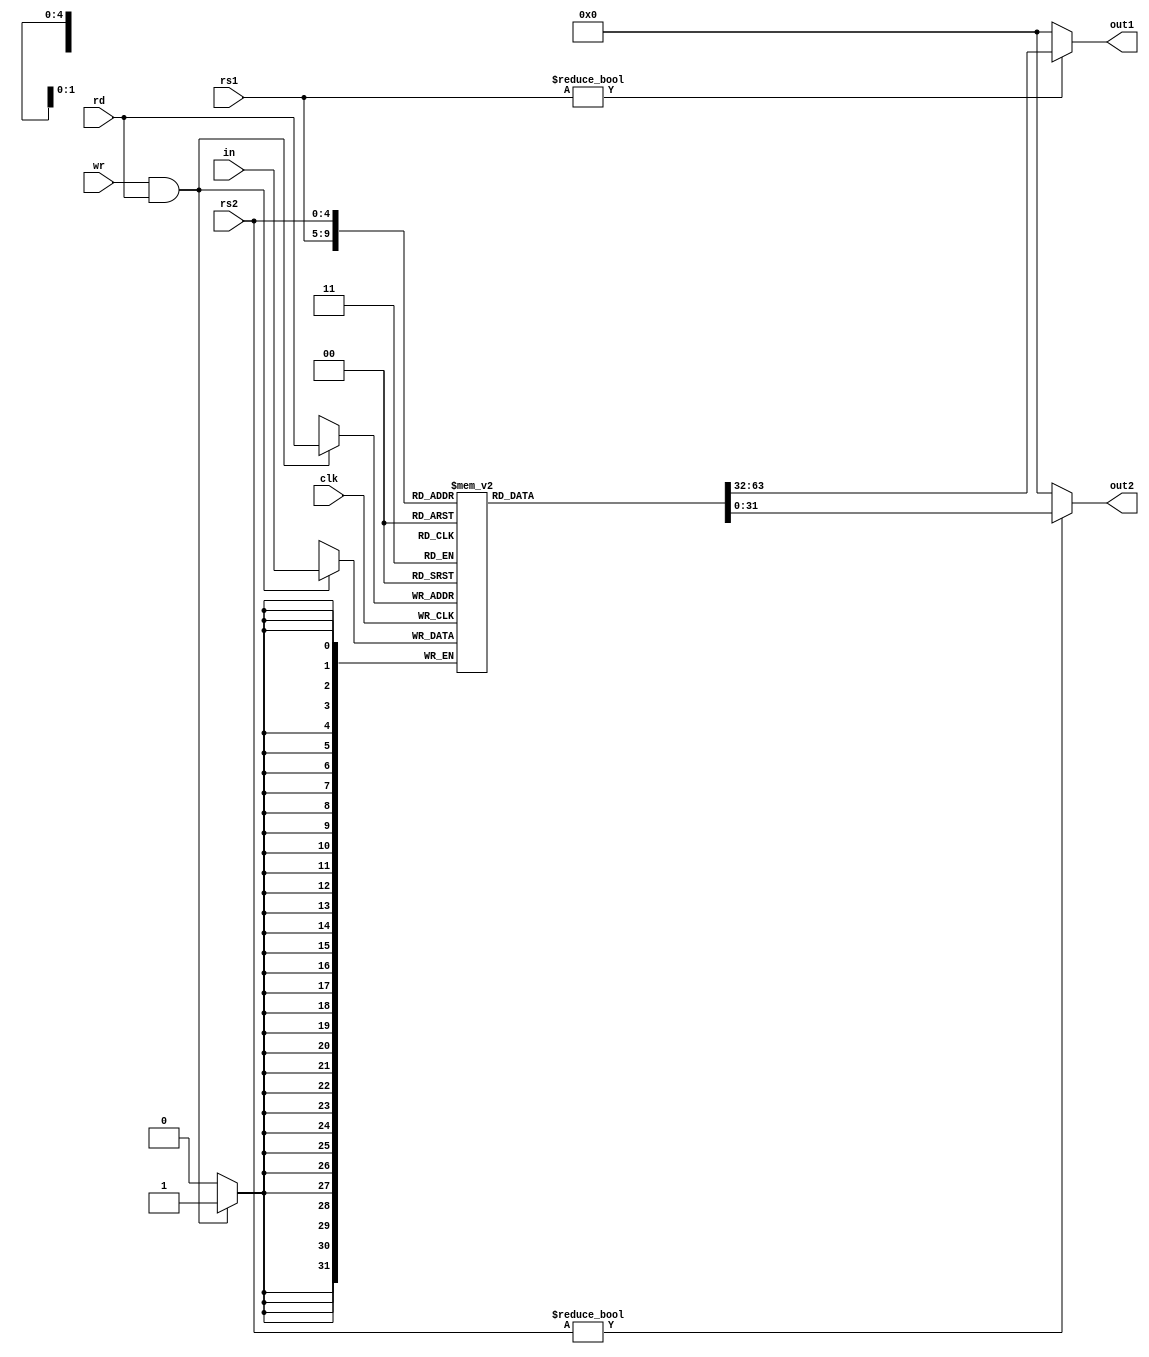
module regfile(clk, wr, out1, out2, in, rs1, rs2, rd);

input clk, wr;
input [4:0] rd, rs1, rs2;
input [31:0] in;
output [31:0] out1, out2;

reg [31:0] regs [1:31];

assign out1 = rs1 ? regs[rs1] : 32'b0;
assign out2 = rs2 ? regs[rs2] : 32'b0;

always @ (negedge clk)
begin
    if(wr && rd) regs[rd] = in;
end

endmodule